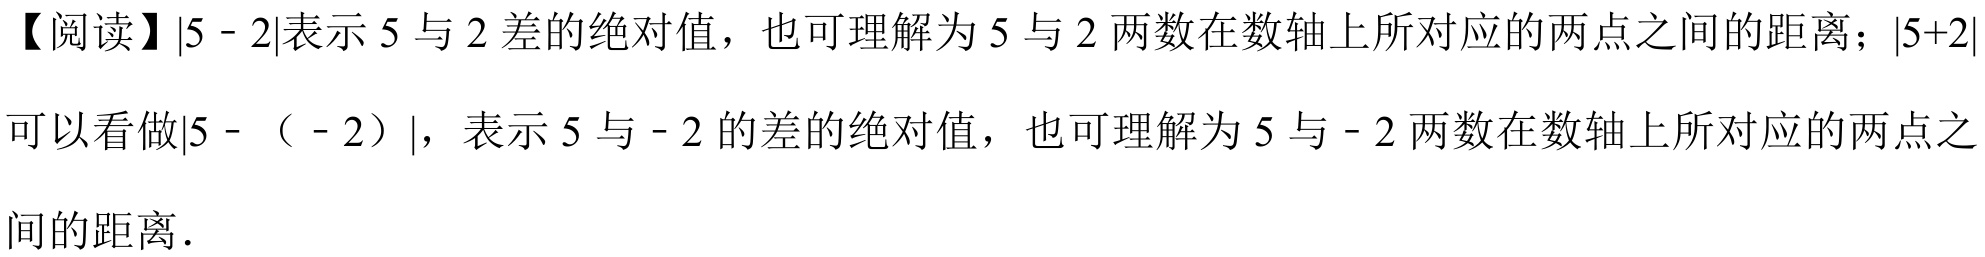
【阅读】\(\vert5 - 2\vert\)表示 \(5\) 与 \(2\) 差的绝对值，也可理解为 \(5\) 与 \(2\) 两数在数轴上所对应的两点之间的距离；\(\vert5 + 2\vert\)可以看做\(\vert5 - (- 2)\vert\)，表示 \(5\) 与 \(- 2\) 的差的绝对值，也可理解为 \(5\) 与 \(- 2\) 两数在数轴上所对应的两点之间的距离．